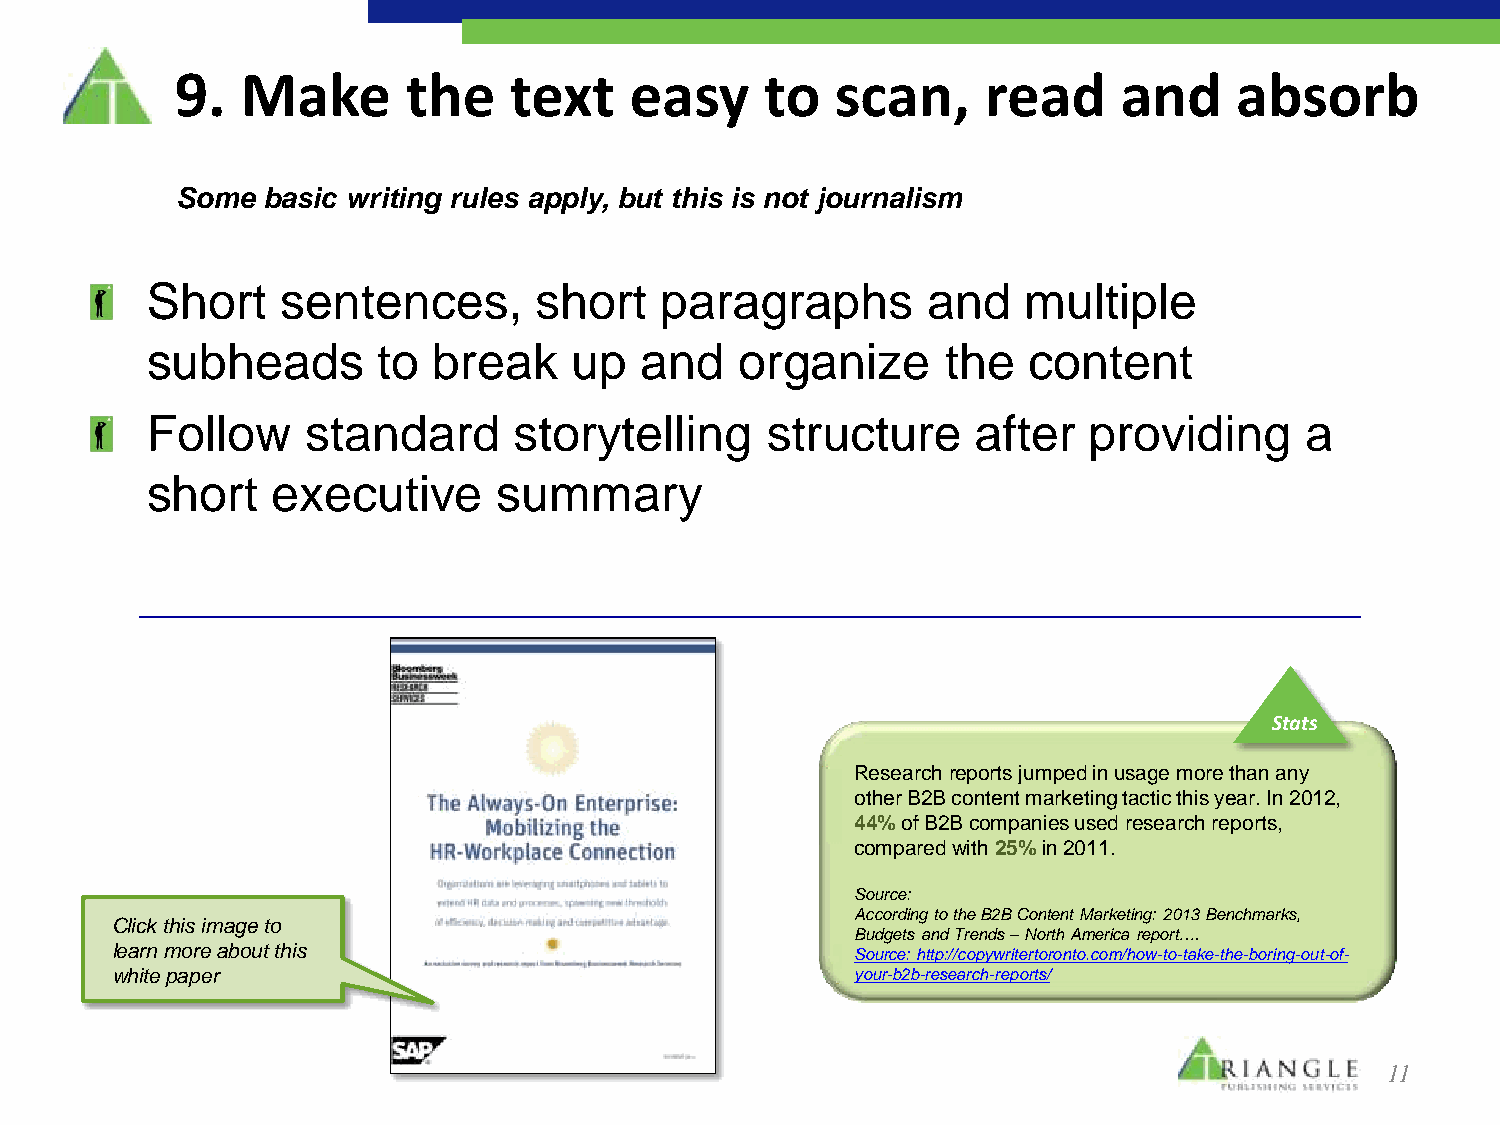
9.  Make       the    text    easy     to  scan,     read     and     absorb
 Some basic writing rules apply, but this is not journalism
 Short    sentences,      short    paragraphs       and    multiple
 subheads       to  break    up  and    organize      the  content
 Follow    standard      storytelling     structure     after  providing     a
 short   executive      summary
 Stats
 Research reports jumped in usage more than any
 other B2B content marketing tactic this year. In 2012,
 44% of B2B companies used research reports,
 compared with 25% in 2011.
 Source:
 According to the B2B Content Marketing: 2013 Benchmarks,
 Click this image to
 Budgets and Trends – North America report….
 learn more about this
 Source: http://copywritertoronto.com/how-to-take-the-boring-out-of-
 white paper                                       your-b2b-research-reports/
 11